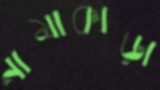
নামাকাড়া